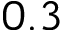
0 . 3